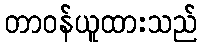
တာဝန်ယူထားသည်